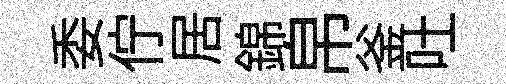
委佇居錦帛釜吐